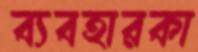
ব্যবহারকা